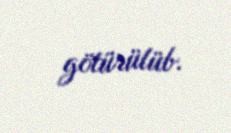
götürülüb.